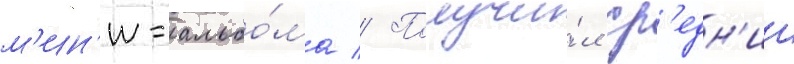
м'ин'и-альбо́ма // Получи́л ср'едн'ии